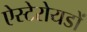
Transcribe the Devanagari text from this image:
ऐस्टेरोयडों